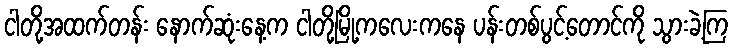
ငါတို့အထက်တန်း နောက်ဆုံးနေ့က ငါတို့မြို့ကလေးကနေ ပန်းတစ်ပွင့်တောင်ကို သွားခဲ့ကြ